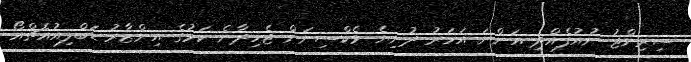
ސިރިންޖު ނުއުފެއްދި އަންނަ އަހަރު ދުނިޔެ ވެކްސިނަށް ޖެހިދާނެ ކަމުގެ އިންޒާރު ޑަބްލިއުއެޗްއޯ